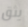
يثق